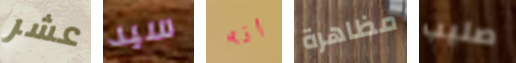
عشر سيد انه مظاهرة صليب